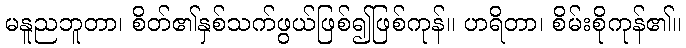
မနူညဘူတာ၊ စိတ်၏နှစ်သက်ဖွယ်ဖြစ်၍ဖြစ်ကုန်။ ဟရိတာ၊ စိမ်းစိုကုန်၏။